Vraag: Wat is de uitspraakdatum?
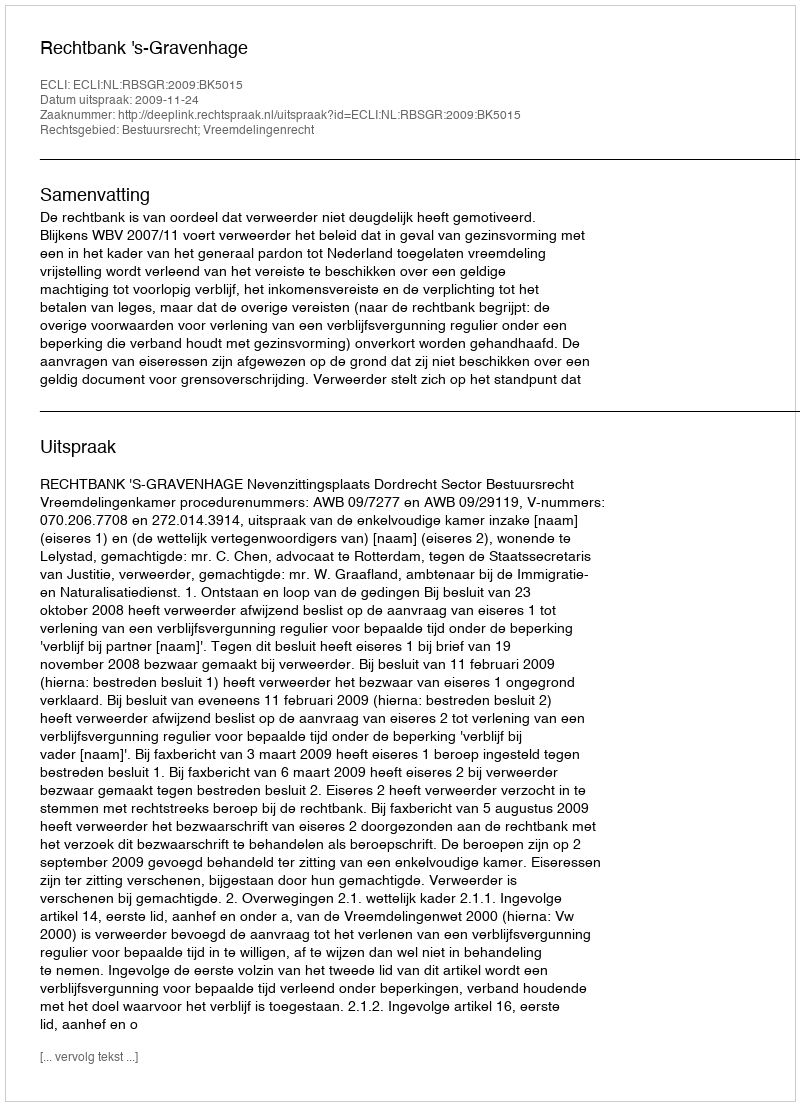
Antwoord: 2009-11-24